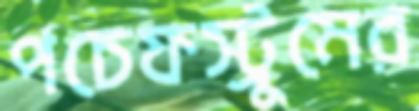
পচেফস্ট্রুমের